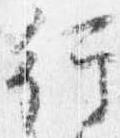
行